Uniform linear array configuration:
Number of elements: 8
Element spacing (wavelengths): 0.5
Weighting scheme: blackman
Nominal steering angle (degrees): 0
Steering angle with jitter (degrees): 1.405
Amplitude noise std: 0.05
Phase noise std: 0.05

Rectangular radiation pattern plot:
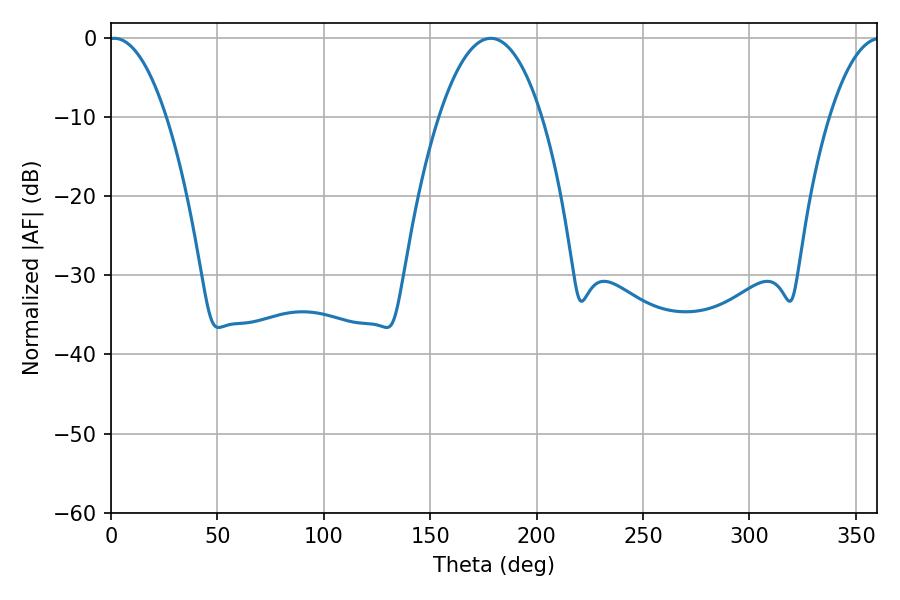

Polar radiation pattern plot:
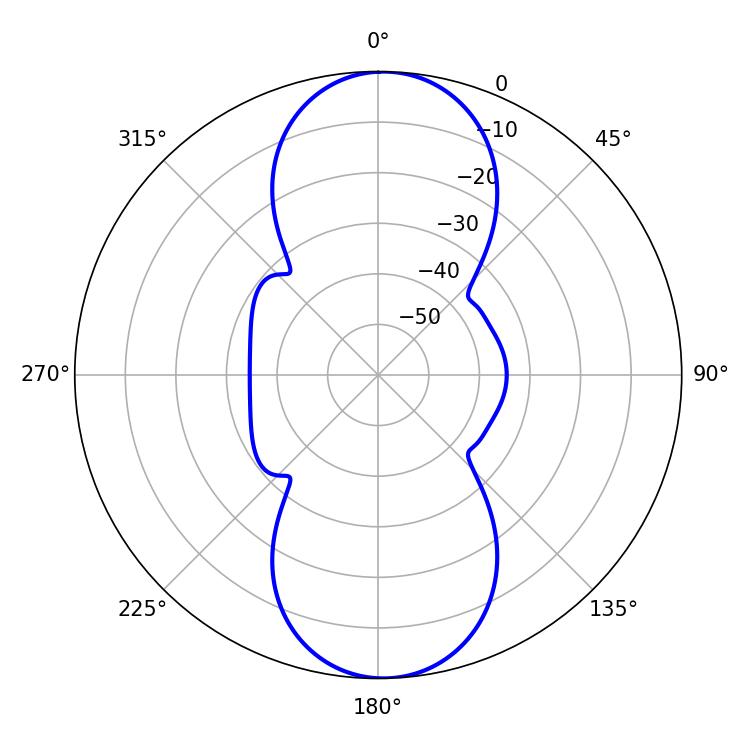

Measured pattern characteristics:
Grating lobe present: FALSE
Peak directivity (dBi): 18.45
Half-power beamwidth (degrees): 14.94
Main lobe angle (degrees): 1.62